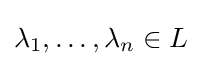
\lambda _{1},\ldots ,\lambda _{n}\in L